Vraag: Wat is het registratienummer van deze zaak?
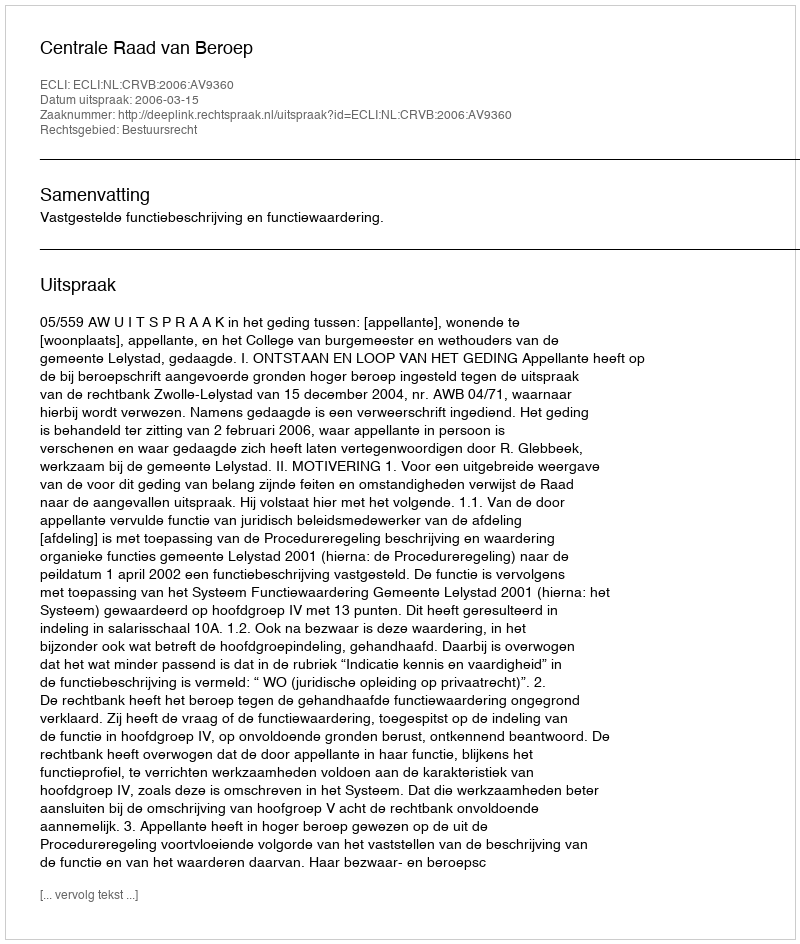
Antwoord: http://deeplink.rechtspraak.nl/uitspraak?id=ECLI:NL:CRVB:2006:AV9360